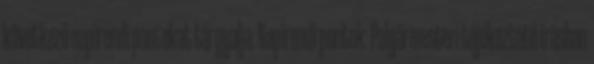
következő napirendi pontokat tárgyalja: Napirendi pontok: Polgármesteri tájékoztató írásban